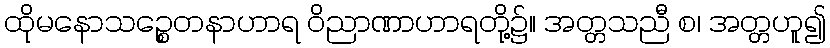
ထိုမနောသဉ္စေတနာဟာရ ဝိညာဏာဟာရတို့၌။ အတ္တသညီ စ၊ အတ္တဟူ၍